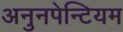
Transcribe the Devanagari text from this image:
अनुनपेन्टियम